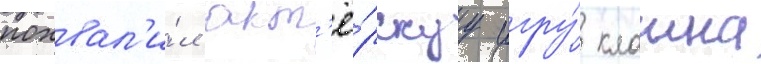
похвал'и́л акт'ё́рскуу игру́ клаина